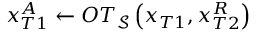
x _ { T 1 } ^ { A } \leftarrow O T _ { \mathcal { S } } \left( x _ { T 1 } , x _ { T 2 } ^ { R } \right)